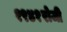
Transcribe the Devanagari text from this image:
१९४१रोजी